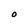
Character: O